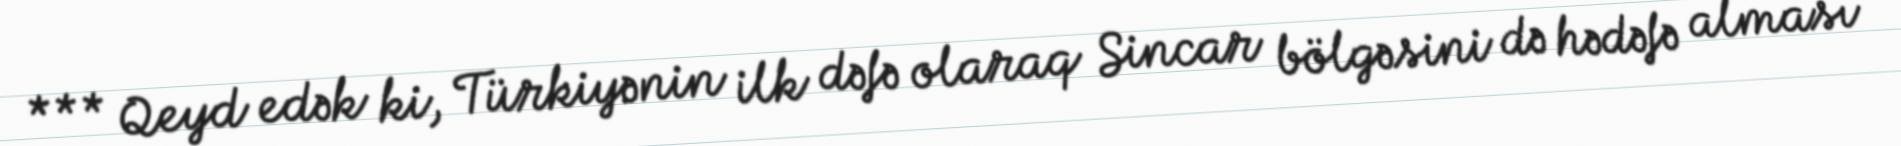
*** Qeyd edək ki, Türkiyənin ilk dəfə olaraq Sincar bölgəsini də hədəfə alması